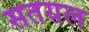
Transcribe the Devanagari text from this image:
सतयल